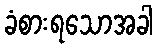
ခံစားရသောအခါ